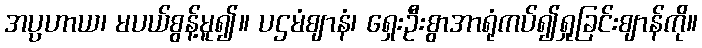
အပ္ပဟာယ၊ မပယ်စွန့်မူ၍။ ပဌမံဈာနံ၊ ရှေးဦးစွာအာရုံကပ်၍ရှုခြင်းဈာန်ကို။